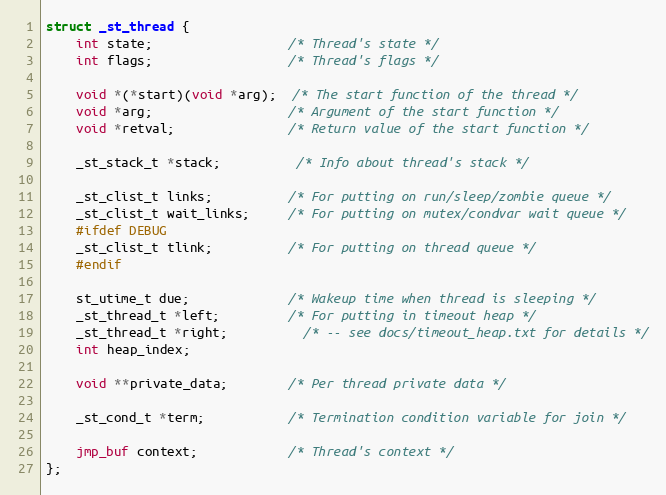
Language: C
struct _st_thread {
    int state;                  /* Thread's state */
    int flags;                  /* Thread's flags */

    void *(*start)(void *arg);  /* The start function of the thread */
    void *arg;                  /* Argument of the start function */
    void *retval;               /* Return value of the start function */

    _st_stack_t *stack;          /* Info about thread's stack */

    _st_clist_t links;          /* For putting on run/sleep/zombie queue */
    _st_clist_t wait_links;     /* For putting on mutex/condvar wait queue */
    #ifdef DEBUG
    _st_clist_t tlink;          /* For putting on thread queue */
    #endif

    st_utime_t due;             /* Wakeup time when thread is sleeping */
    _st_thread_t *left;         /* For putting in timeout heap */
    _st_thread_t *right;          /* -- see docs/timeout_heap.txt for details */
    int heap_index;

    void **private_data;        /* Per thread private data */

    _st_cond_t *term;           /* Termination condition variable for join */

    jmp_buf context;            /* Thread's context */
};